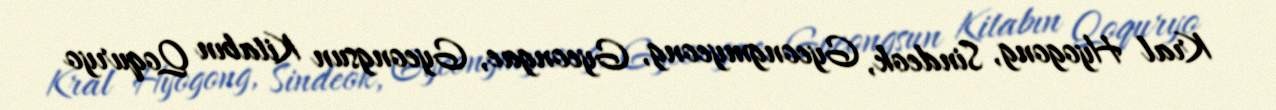
Kral Hyogong, Sindeok, Gyeongmyeong, Gyeongae, Gyeongsun Kitabın Qoquryo